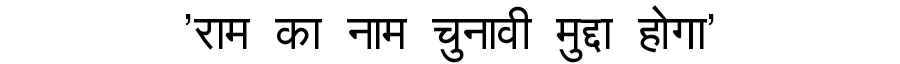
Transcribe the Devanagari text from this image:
'राम का नाम चुनावी मुद्दा होगा'